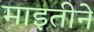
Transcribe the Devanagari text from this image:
माइतीने